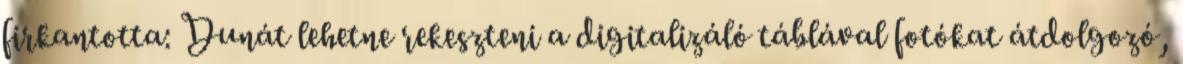
firkantotta: Dunát lehetne rekeszteni a digitalizáló táblával fotókat átdolgozó,